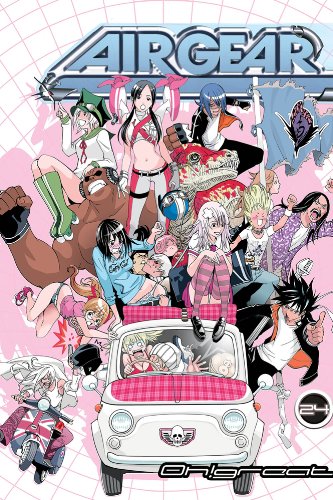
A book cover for Air Gear 24; Oh!Great; Comics & Graphic Novels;